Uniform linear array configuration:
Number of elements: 4
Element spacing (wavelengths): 0.25
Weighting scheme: binomial
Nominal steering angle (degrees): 15
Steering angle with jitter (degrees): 15.789
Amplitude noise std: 0.05
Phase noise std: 0.05

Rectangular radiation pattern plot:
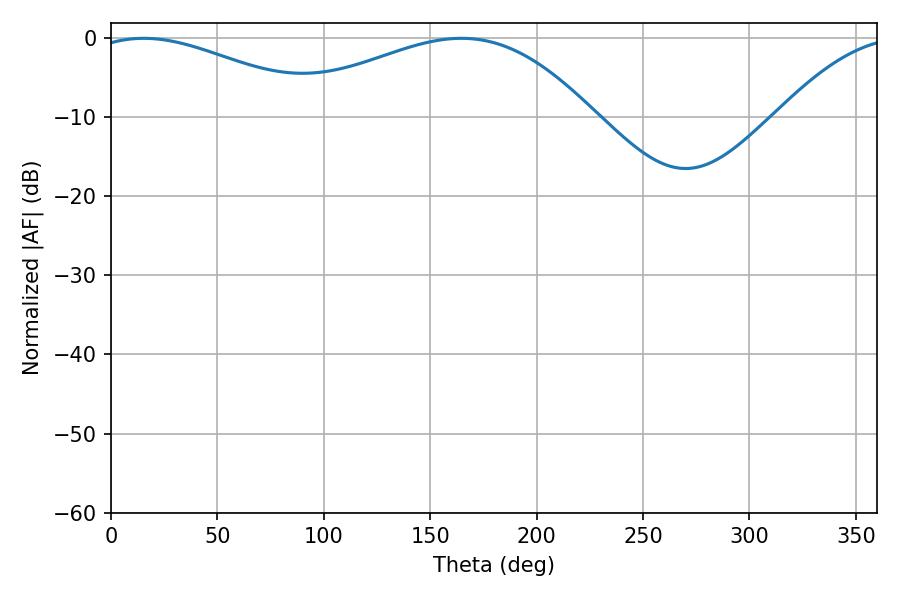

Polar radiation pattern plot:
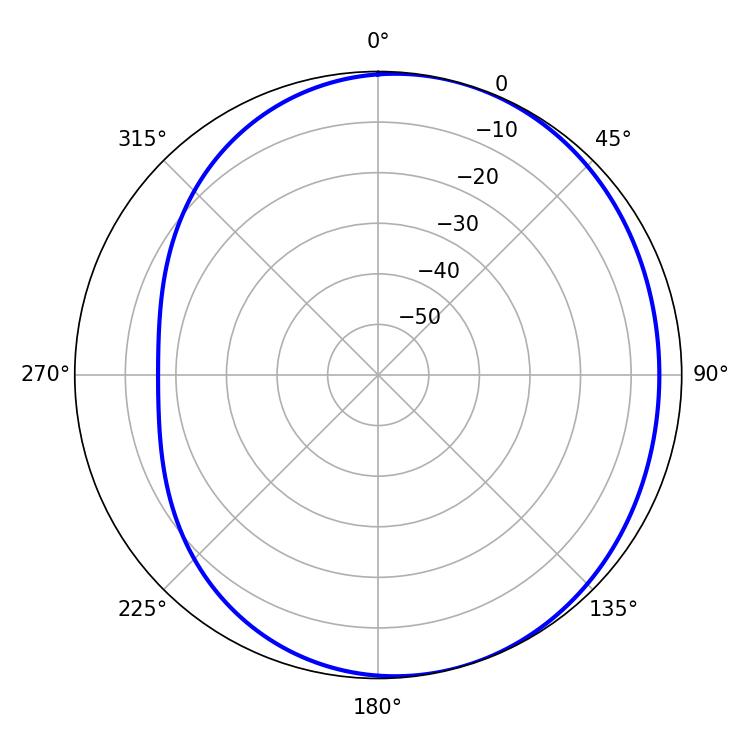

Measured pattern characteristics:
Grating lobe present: FALSE
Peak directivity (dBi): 3.49
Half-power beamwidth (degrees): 61.02
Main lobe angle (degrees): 15.3